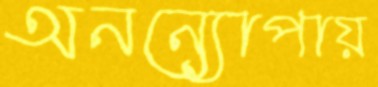
অনন্যোপায়